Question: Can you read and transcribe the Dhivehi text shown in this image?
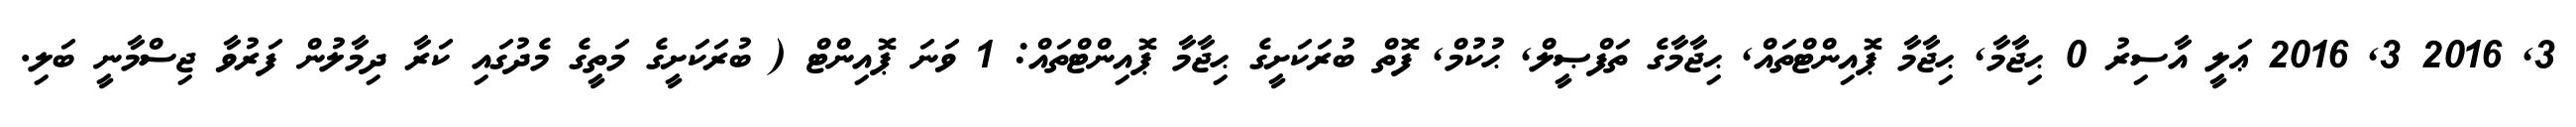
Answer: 3, 2016 3, 2016 ޢަލީ އާސިރު 0 ޙިޖާމާ, ޙިޖާމާ ޕޮއިންޓްތައް, ޙިޖާމާގެ ތަފްޞީލް, ޙުކުމް, ފޮތް ބުރަކަށީގެ ޙިޖާމާ ޕޮއިންޓްތައް: 1 ވަނަ ޕޮއިންޓް ( ބުރަކަށީގެ މަތީގެ މެދުގައި ކަރާ ދިމާލުން ފަރުވާ ޖިސްމާނީ ބަލި.